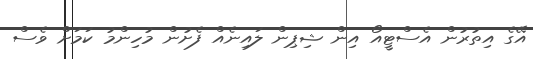
އޭގެ އިތުރުން އެސްޓީއޯ އިން ޝިޕިން ލައިނެއް ފެށުން މުހިންމު ކަމަށް ވެސް